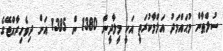
ސުލްޠާން މުޙައްމަދު އަލްމާކުރަތީ އަކީ މީލާދީން 1380 ން 1385 އަށް ދިވެހިރާއްޖޭގެ